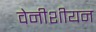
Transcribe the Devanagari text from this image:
वेनीशीयन